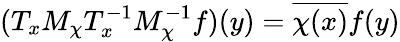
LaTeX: (T_{x}M_{\chi}T_{x}^{-1}M_{\chi}^{-1}f)(y)={\overline{{\chi(x)}}}f(y)